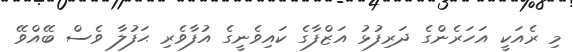
މި ރެއަކީ އަހަރެންގެ ދަރިފުޅު އަޒްފާގެ ކައިވެނީގެ އުފާވެރި ޙަފުލާ ވެސް ބޭއްވޭ